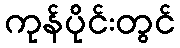
ကုန်ပိုင်းတွင်